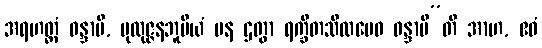
အရဟတ္တံ ဝန္ဒာမိ, ပုထုဇ္ဇနဘူမိယံ ပန ဌတွာ ရက္ခိတသီလမေဝ ဝန္ဒာမီ”တိ အာဟ, ဧဝံ